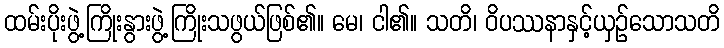
ထမ်းပိုးဖွဲ့ကြိုးနွားဖွဲ့ကြိုးသဖွယ်ဖြစ်၏။ မေ၊ ငါ၏။ သတိ၊ ဝိပဿနာနှင့်ယှဉ်သောသတိ